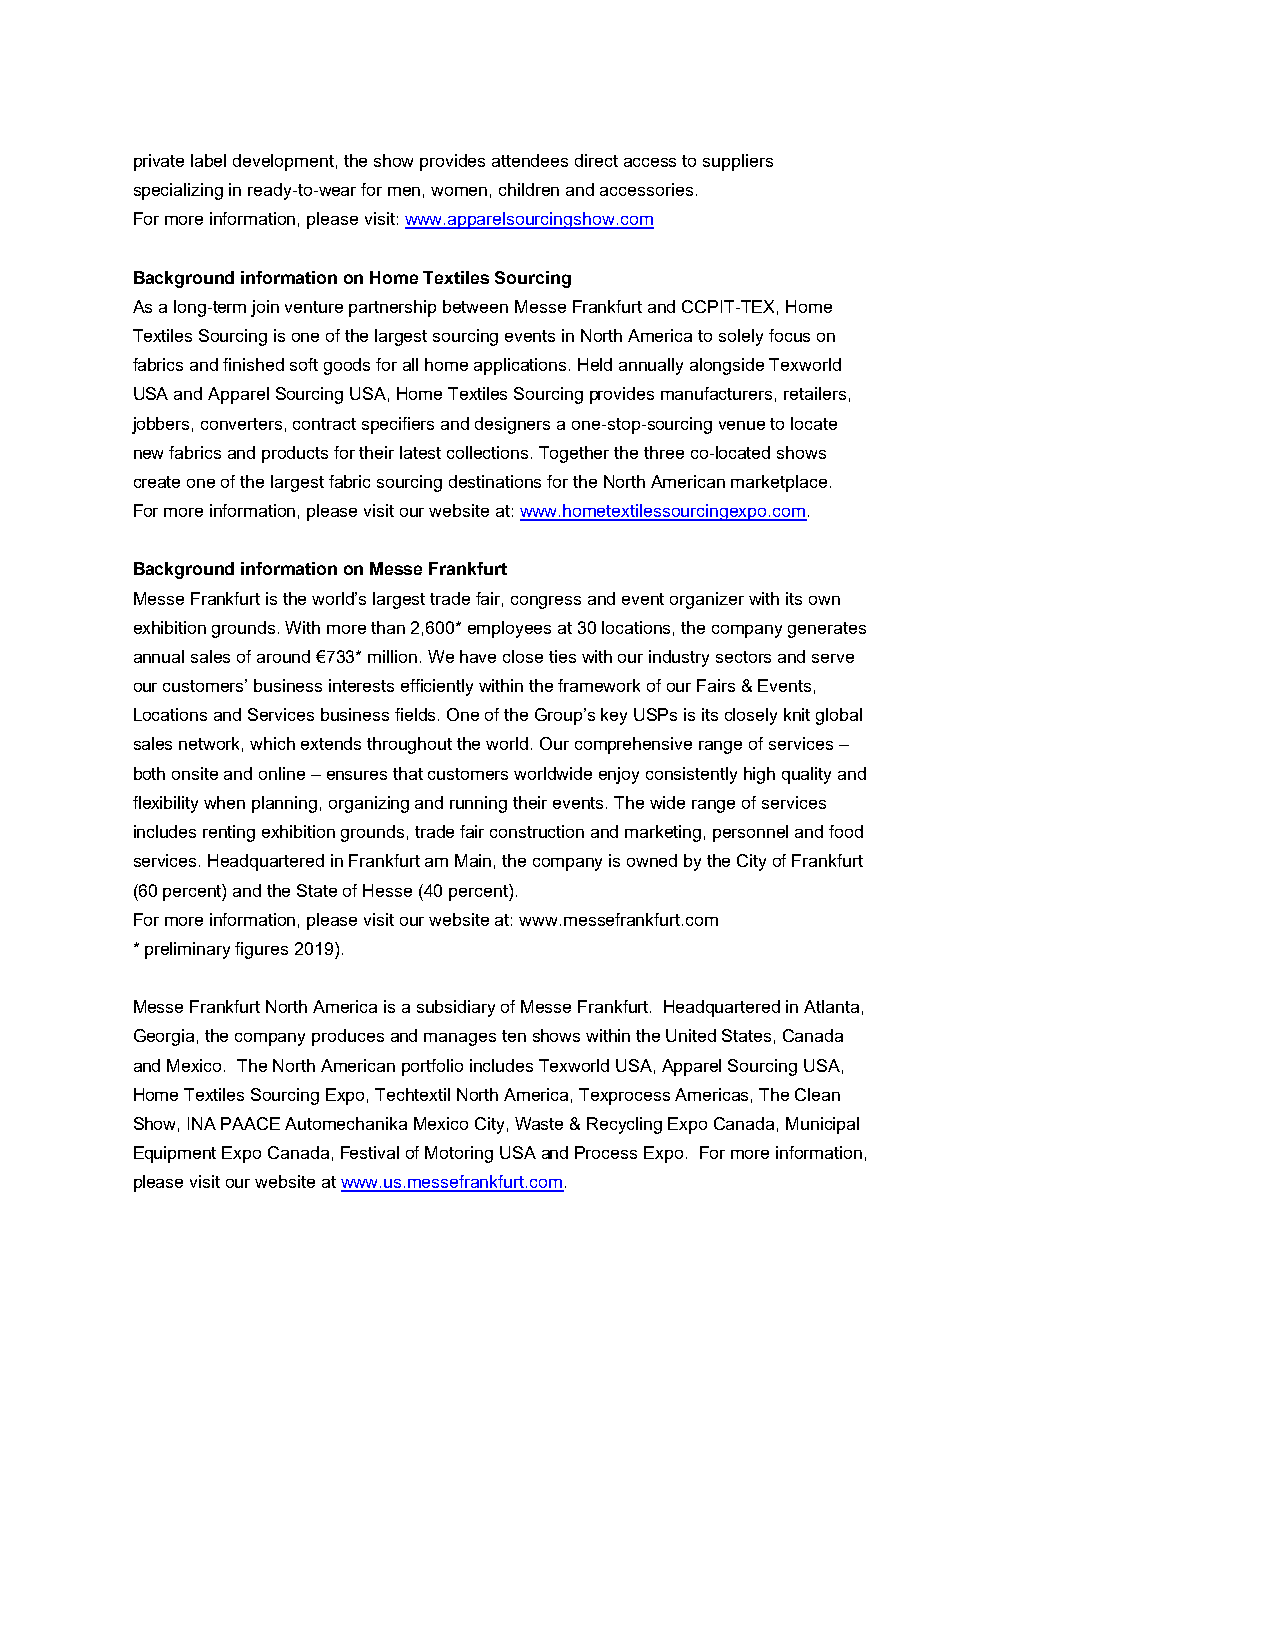
private label development, the show provides attendees direct access to suppliers
 specializing in ready-to-wear for men, women, children and accessories.
 For more information, please visit: www.apparelsourcingshow.com
 Background information on Home Textiles Sourcing
 As a long-term join venture partnership between Messe Frankfurt and CCPIT-TEX, Home
 Textiles Sourcing is one of the largest sourcing events in North America to solely focus on
 fabrics and finished soft goods for all home applications. Held annually alongside Texworld
 USA and Apparel Sourcing USA, Home Textiles Sourcing provides manufacturers, retailers,
 jobbers, converters, contract specifiers and designers a one-stop-sourcing venue to locate
 new fabrics and products for their latest collections. Together the three co-located shows
 create one of the largest fabric sourcing destinations for the North American marketplace.
 For more information, please visit our website at: www.hometextilessourcingexpo.com.
 Background information on Messe Frankfurt
 Messe Frankfurt is the world’s largest trade fair, congress and event organizer with its own
 exhibition grounds. With more than 2,600* employees at 30 locations, the company generates
 annual sales of around €733* million. We have close ties with our industry sectors and serve
 our customers’ business interests efficiently within the framework of our Fairs & Events,
 Locations and Services business fields. One of the Group’s key USPs is its closely knit global
 sales network, which extends throughout the world. Our comprehensive range of services –
 both onsite and online – ensures that customers worldwide enjoy consistently high quality and
 flexibility when planning, organizing and running their events. The wide range of services
 includes renting exhibition grounds, trade fair construction and marketing, personnel and food
 services. Headquartered in Frankfurt am Main, the company is owned by the City of Frankfurt
 (60 percent) and the State of Hesse (40 percent).
 For more information, please visit our website at: www.messefrankfurt.com
 * preliminary figures 2019).
 Messe Frankfurt North America is a subsidiary of Messe Frankfurt. Headquartered in Atlanta,
 Georgia, the company produces and manages ten shows within the United States, Canada
 and Mexico. The North American portfolio includes Texworld USA, Apparel Sourcing USA,
 Home Textiles Sourcing Expo, Techtextil North America, Texprocess Americas, The Clean
 Show, INA PAACE Automechanika Mexico City, Waste & Recycling Expo Canada, Municipal
 Equipment Expo Canada, Festival of Motoring USA and Process Expo. For more information,
 please visit our website at www.us.messefrankfurt.com.